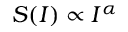
S ( I ) \propto I ^ { \alpha }